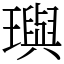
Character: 璵